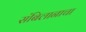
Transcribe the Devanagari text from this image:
संबिलानाचा